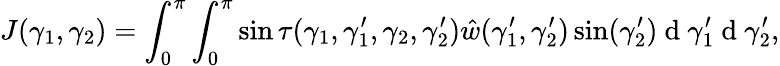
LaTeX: J(\gamma_{1},\gamma_{2})=\int_{0}^{\pi}\int_{0}^{\pi}\sin\tau(\gamma_{1},\gamma_{1}^{\prime},\gamma_{2},\gamma_{2}^{\prime})\hat{w}(\gamma_{1}^{\prime},\gamma_{2}^{\prime})\sin(\gamma_{2}^{\prime})\mathrm{~d~}\gamma_{1}^{\prime}\mathrm{~d~}\gamma_{2}^{\prime},